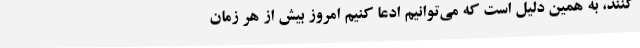
‌کنند، به همین دلیل است که می‌توانیم ادعا کنیم امروز بیش از هر زمانِ